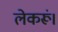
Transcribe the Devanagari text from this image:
लेकरूं।